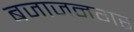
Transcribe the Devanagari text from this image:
बजाजनगर